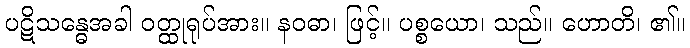
ပဋိသန္ဓေအခါ ဝတ္ထုရုပ်အား။ နဝဓာ၊ ဖြင့်။ ပစ္စယော၊ သည်။ ဟောတိ၊ ၏။